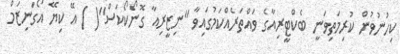
ކިހުނުވުން ކުރިމަތިވަނީ ބެކްޓީރިއާގެ ވައްތަރެއްކަމުގައިވާ ''ނިޒީރިއާ ގޮނޯކޯކަސް''( ) އޭ ކިޔޭ އޯގަނިޒަމް